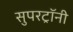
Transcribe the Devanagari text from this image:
सुपरट्रॉनी